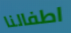
اطفالنا